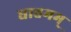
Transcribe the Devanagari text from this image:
धात्तमम्‌